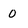
Character: 0